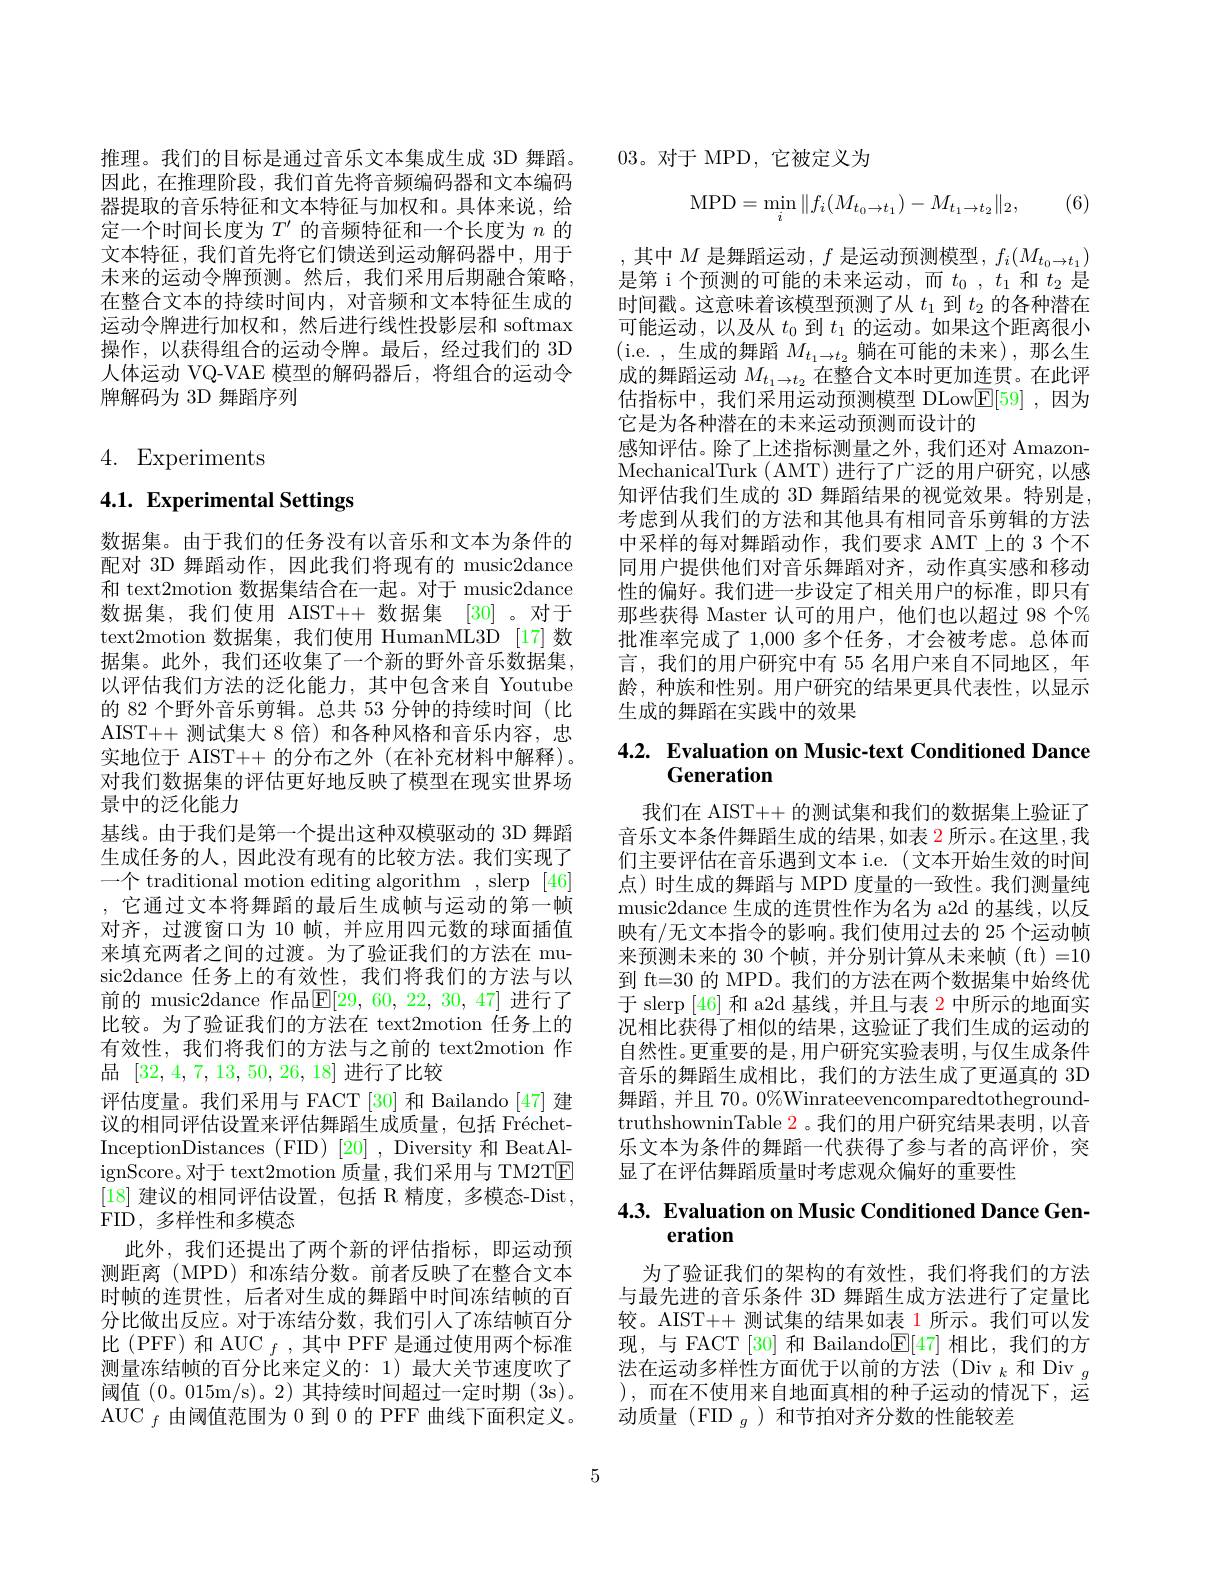
因此，在推理阶段，我们首先将音频编码器和文本编码器提取的音乐特征和文本特征与加权和。具体来说，给定一个时间长度为$T^\prime$的音频特征和一个长度为$n$的文本特征，我们首先将它们馈送到运动解码器中，用于末来的运动令牌预测。然后，我们采用后期融合策略， 在整合文本的持续时间内，对音频和文本特征生成的运动令牌进行加权和，然后进行线性投影层和 softmax 操作，以获得组合的运动令牌。最后，经过我们的 3D 人体运动 VQ-VAE 模型的解码器后，将组合的运动令牌解码为 3D 舞蹈序列

# 4. Experiments

# 4.1. Experimental Settings

数据集。由于我们的任务没有以音乐和文本为条件的配对 3D 舞蹈动作，因此我们将现有的 music2dance 和 text2motion 数据集结合在一起。对于 music2dance 数据集，我们使用 AIST++ 数据集 [30] 。对于text2motion 数据集，我们使用 HumanML3D [17]数据集。此外，我们还收集了一个新的野外音乐数据集， 以评估我们方法的泛化能力，其中包含来自 Youtube 的 82 个野外音乐剪辑。总共 53 分钟的持续时间(比AIST++ 测试集大 8 倍) 和各种风格和音乐内容，忠实地位于 AIST++ 的分布之外 (在补充材料中解释)。对我们数据集的评估更好地反映了模型在现实世界场景中的泛化能力
基线。由于我们是第一个提出这种双模驱动的 3D 舞蹈生成任务的人，因此没有现有的比较方法。我们实现了一个 traditional motion editing algorithm , slerp [46] ,它通过文本将舞蹈的最后生成帧与运动的第一帧对齐，过渡窗口为 10 帧，并应用四元数的球面插值来填充两者之间的过渡。为了验证我们的方法在 music2dance 任务上的有效性，我们将我们的方法与以前的 music2dance 作品$\boxed{\mathrm{E}}[29,60,22,30,47]$ 进行了比较。为了验证我们的方法在 text2motion 任务上的有效性，我们将我们的方法与之前的 text2motion 作品[32,4,7,13,50,26,18]进行了比较
评估度量。我们采用与 FACT [30] 和 Bailando [47] 建议的相同评估设置来评估舞蹈生成质量，包括 FréchetInceptionDistances (FID) [20] , Diversity 和 BeatAlignScore。对于 text2motion 质量，我们采用与 TM2TE [18]建议的相同评估设置，包括 R 精度，多模态-Dist, FID, 多样性和多模态
此外，我们还提出了两个新的评估指标，即运动预测距离(MPD)和冻结分数。前者反映了在整合文本时帧的连贯性，后者对生成的舞蹈中时间冻结帧的百分比做出反应。对于冻结分数，我们引人了冻结帧百分比 (PFF) 和 AUC $_f$,其中 PFF 是通过使用两个标准测量冻结帧的百分比来定义的：1) 最大关节速度吹了阈值(0。015m/ s)。2) 其持续时间超过一定时期 (3s)。$\mathrm{AUC}_{f}$由阈值范围为 0 到 0 的 PFF 曲线下面积定义。

推理。我们的目标是通过音乐文本集成生成 3D 舞蹈。03。对于 MPD, 它被定义为
$$\mathrm{MPD}=\min_i\|f_i(M_{t_0\to t_1})-M_{t_1\to t_2}\|_2,$$
(6)

,其中$M$ 是舞蹈运动$,f$ 是运动预测模型$,f_i(M_t_0\to t_1)$ 是第 i 个预测的可能的未来运动，而$t_0,t_1$和$t_2$是时间戳。这意味着该模型预测了从$t_1$到$t_2$的各种潜在可能运动，以及从$t_0$到$t_1$的运动。如果这个距离很小(i.e.,生成的舞蹈$M_t_1\to t_2$ 躺在可能的未来),那么生成的舞蹈运动$M_{t_1\to t_2}$在整合文本时更加连贯。在此评估指标中，我们采用运动预测模型 DLow$\mathbb{E}[59]$,因为它是为各种潜在的未来运动预测而设计的
感知评估。除了上述指标测量之外，我们还对 AmazonMechanicalTurk ( AMT) 进行了广泛的用户研究，以感知评估我们生成的 3D 舞蹈结果的视觉效果。特别是， 考虑到从我们的方法和其他具有相同音乐剪辑的方法中采样的每对舞蹈动作，我们要求 AMT 上的 3 个不同用户提供他们对音乐舞蹈对齐，动作真实感和移动性的偏好。我们进一步设定了相关用户的标准，即只有那些获得 Master 认可的用户，他们也以超过 98 个% 批准率完成了 1,000 多个任务，才会被考虑。总体而言，我们的用户研究中有 55 名用户来自不同地区，年龄，种族和性别。用户研究的结果更具代表性，以显示生成的舞蹈在实践中的效果

# 4.2. Evaluation on Music-text Conditioned Dance Generation

我们在 AIST++ 的测试集和我们的数据集上验证了音乐文本条件舞蹈生成的结果，如表 2 所示。在这里 ,我们主要评估在音乐遇到文本 i.e.(文本开始生效的时间点)时生成的舞蹈与 MPD 度量的一致性。我们测量纯music2dance 生成的连贯性作为名为 a2d 的基线，以反映有/无文本指令的影响。我们使用过去的 25 个运动帧来预测未来的 30 个帧，并分别计算从末来帧(ft)=10到 ft=30 的 MPD。我们的方法在两个数据集中始终优于 slerp [46]和 a2d 基线，并且与表$\color{red}{2}$中所示的地面实况相比获得了相似的结果，这验证了我们生成的运动的自然性。更重要的是，用户研究实验表明，与仅生成条件音乐的舞蹈生成相比，我们的方法生成了更逼真的 3D 舞蹈，并且 70。0%WinrateevencomparedtothegroundtruthshowninTable 2。我们的用户研究结果表明，以音乐文本为条件的舞蹈一代获得了参与者的高评价，突显了在评估舞蹈质量时考虑观众偏好的重要性

# 4.3. Evaluation on Music Conditioned Dance Generation

为了验证我们的架构的有效性，我们将我们的方法与最先进的音乐条件 3D 舞蹈生成方法进行了定量比较。AIST++ 测试集的结果如表 1 所示。我们可以发现，与 FACT[30] 和 Bailando$\underline{\mathrm{E}}[47]$相比，我们的方法在运动多样性方面优于以前的方法(Div $_k$和 Div$_g$ ),而在不使用来自地面真相的种子运动的情况下，运动质量(FID $_g$)和节拍对齐分数的性能较差

5